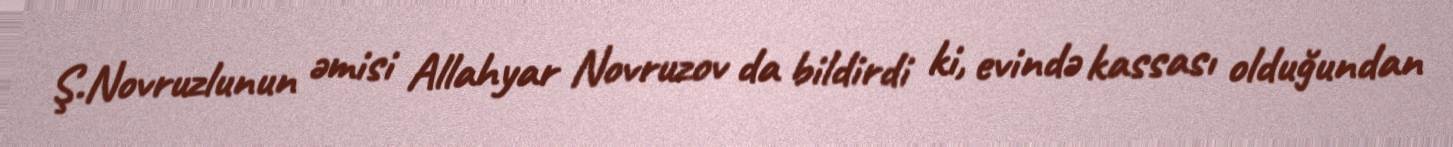
Ş.Novruzlunun əmisi Allahyar Novruzov da bildirdi ki, evində kassası olduğundan